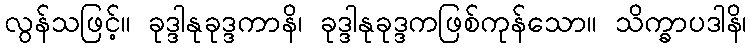
လွန်သဖြင့်။ ခုဒ္ဒါနုခုဒ္ဒကာနိ၊ ခုဒ္ဒါနုခုဒ္ဒကဖြစ်ကုန်သော။ သိက္ခာပဒါနိ၊